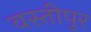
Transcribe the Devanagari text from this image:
वस्तीपुर